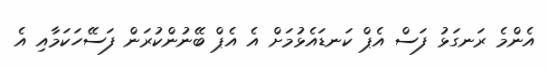
އެންމެ ރަނގަޅު ފަސް އެޕް ކަނޑައެޅުމަށް އެ އެޕް ބޭނުންކުރަން ފަސޭހަކަމާއި އެ